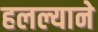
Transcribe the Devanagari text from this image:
हलल्याने